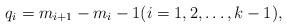
LaTeX: \begin{align*}q_i=m_{i+1}-m_i-1 (i=1,2,\dots,k-1),\end{align*}